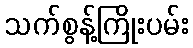
သက်စွန့်ကြိုးပမ်း